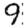
Digit: 9